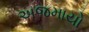
અજમાયો